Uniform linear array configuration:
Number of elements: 24
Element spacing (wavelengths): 0.25
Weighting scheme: kaiser
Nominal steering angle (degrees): -60
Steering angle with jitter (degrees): -59.366
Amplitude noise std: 0.05
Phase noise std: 0.05

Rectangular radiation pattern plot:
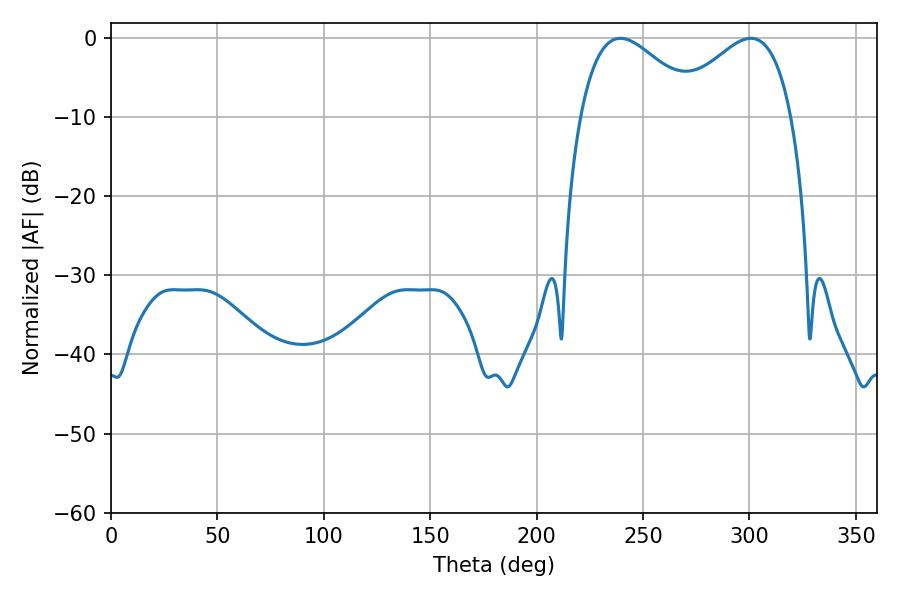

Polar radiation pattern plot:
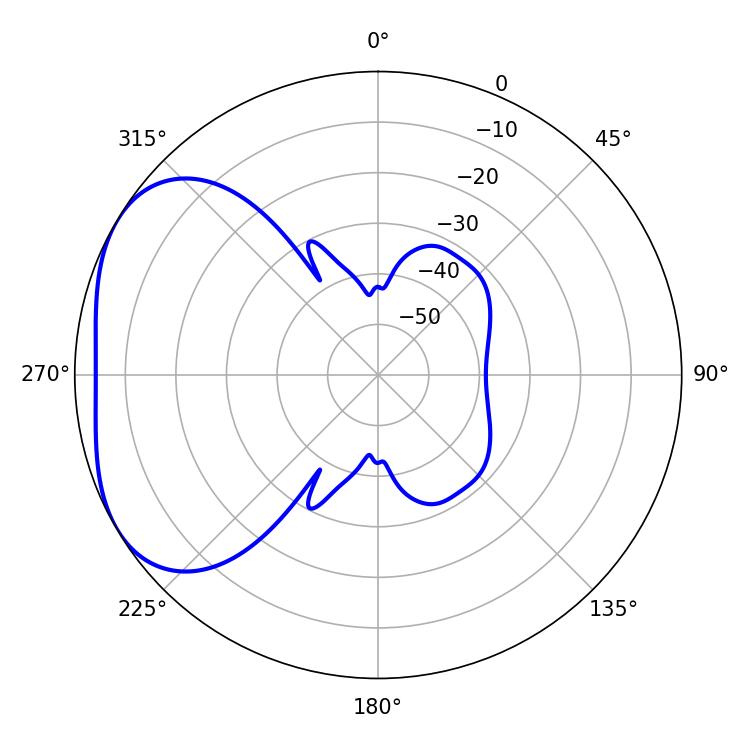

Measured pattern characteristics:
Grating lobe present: FALSE
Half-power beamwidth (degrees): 30.42
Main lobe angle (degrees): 239.4